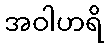
အဝါဟရိ